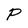
Character: P